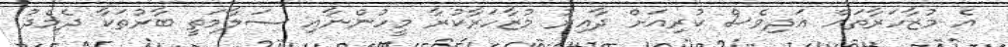
އެ މުޒާހަރާތައް އަދިވެސް ކުރިއަށް ދާއިރު މުޒާހަރާކުރާ މީހުންނާއި ސަލާމަތީ ބާރުތަކާ ދެމެދު